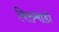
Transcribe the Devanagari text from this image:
विरुमांडी